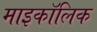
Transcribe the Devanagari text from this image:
माइकॉलिक